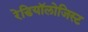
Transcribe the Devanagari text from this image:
रेडियॉलोजिस्ट